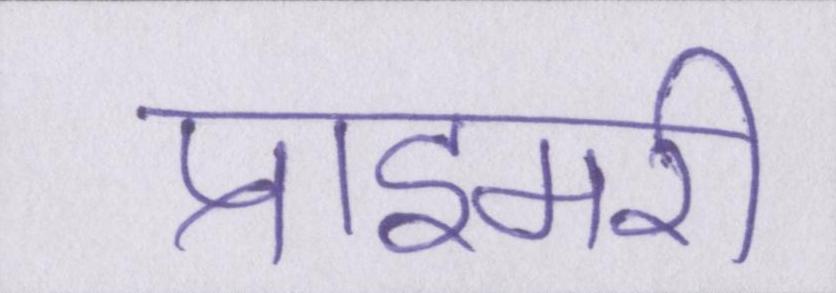
प्राइमरी